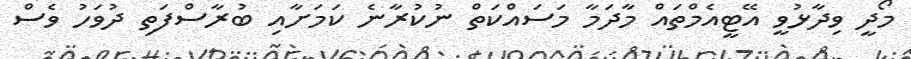
މޯދީ ވިދާޅުވީ އޭޓީއެމްތައް މާދަމާ މަސައްކަތް ނުކުރާނެ ކަމަށާއި ބުރާސްފަތި ދުވަހު ވެސް